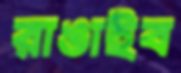
রাঙাইব